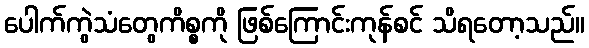
ပေါက်ကွဲသံတွေကိစ္စကို ဖြစ်ကြောင်းကုန်စင် သိရတော့သည်။